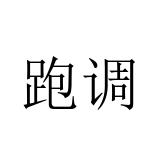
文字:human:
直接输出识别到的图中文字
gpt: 跑调